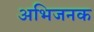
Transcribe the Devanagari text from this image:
अभिजनक